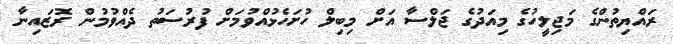
ރައްޔިތުންގެ މަޖިލީހުގެ މިއަދުގެ ޖަލްސާ އަށް މިބިލް ހުށަހެޅުއްވުމަށް ފުރުސަތު ދެއްވުމުން ރޮޒައިނާ